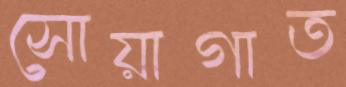
সোয়াগাত